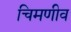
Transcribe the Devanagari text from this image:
चिमणीव